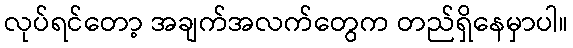
လုပ်ရင်တော့ အချက်အလက်တွေက တည်ရှိနေမှာပါ။